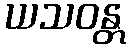
ယသဝန္တ